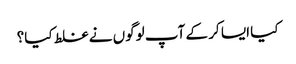
کیا ایسا کر کے آپ لوگوں نے غلط کیا؟